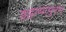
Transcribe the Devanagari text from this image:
इट्टायापुरम